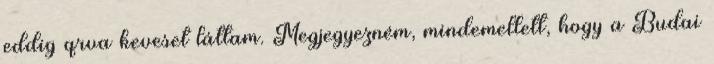
eddig qrva keveset láttam. Megjegyezném, mindemellett, hogy a Budai